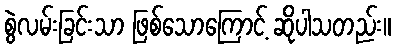
စွဲလမ်းခြင်းသာ ဖြစ်သောကြောင့် ဆိုပါသတည်း။